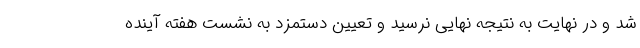
شد و در نهایت به نتیجه نهایی نرسید و تعیین دستمزد به نشست هفته آینده